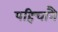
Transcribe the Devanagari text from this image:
पहिचानै